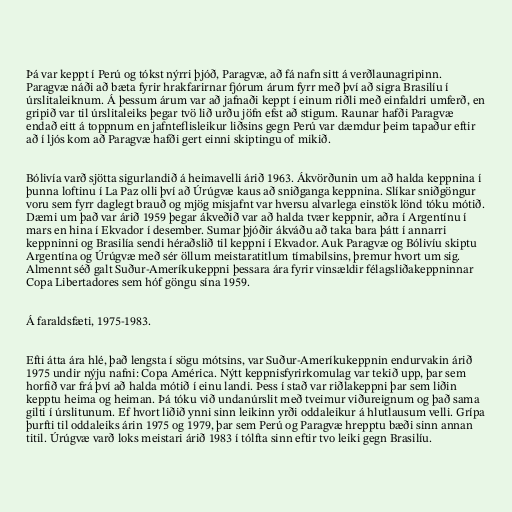
Þá var keppt í Perú og tókst nýrri þjóð, Paragvæ, að fá nafn sitt á verðlaunagripinn.
Paragvæ náði að bæta fyrir hrakfarirnar fjórum árum fyrr með því að sigra Brasilíu í
úrslitaleiknum. Á þessum árum var að jafnaði keppt í einum riðli með einfaldri umferð, en
gripið var til úrslitaleiks þegar tvö lið urðu jöfn efst að stigum. Raunar hafði Paragvæ
endað eitt á toppnum en jafnteflisleikur liðsins gegn Perú var dæmdur þeim tapaður eftir
að í ljós kom að Paragvæ hafði gert einni skiptingu of mikið.

Bólivía varð sjötta sigurlandið á heimavelli árið 1963. Ákvörðunin um að halda keppnina í
þunna loftinu í La Paz olli því að Úrúgvæ kaus að sniðganga keppnina. Slíkar sniðgöngur
voru sem fyrr daglegt brauð og mjög misjafnt var hversu alvarlega einstök lönd tóku mótið.
Dæmi um það var árið 1959 þegar ákveðið var að halda tvær keppnir, aðra í Argentínu í
mars en hina í Ekvador í desember. Sumar þjóðir ákváðu að taka bara þátt í annarri
keppninni og Brasilía sendi héraðslið til keppni í Ekvador. Auk Paragvæ og Bólivíu skiptu
Argentína og Úrúgvæ með sér öllum meistaratitlum tímabilsins, þremur hvort um sig.
Almennt séð galt Suður-Ameríkukeppni þessara ára fyrir vinsældir félagsliðakeppninnar
Copa Libertadores sem hóf göngu sína 1959.

Á faraldsfæti, 1975-1983.

Efti átta ára hlé, það lengsta í sögu mótsins, var Suður-Ameríkukeppnin endurvakin árið
1975 undir nýju nafni: Copa América. Nýtt keppnisfyrirkomulag var tekið upp, þar sem
horfið var frá því að halda mótið í einu landi. Þess í stað var riðlakeppni þar sem liðin
kepptu heima og heiman. Þá tóku við undanúrslit með tveimur viðureignum og það sama
gilti í úrslitunum. Ef hvort liðið ynni sinn leikinn yrði oddaleikur á hlutlausum velli. Grípa
þurfti til oddaleiks árin 1975 og 1979, þar sem Perú og Paragvæ hrepptu bæði sinn annan
titil. Úrúgvæ varð loks meistari árið 1983 í tólfta sinn eftir tvo leiki gegn Brasilíu.